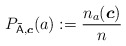
\begin{align*} P_{\mathsf{\bar{A}},\boldsymbol{c}}(a) := \frac{n_a(\boldsymbol{c})}{n}\end{align*}